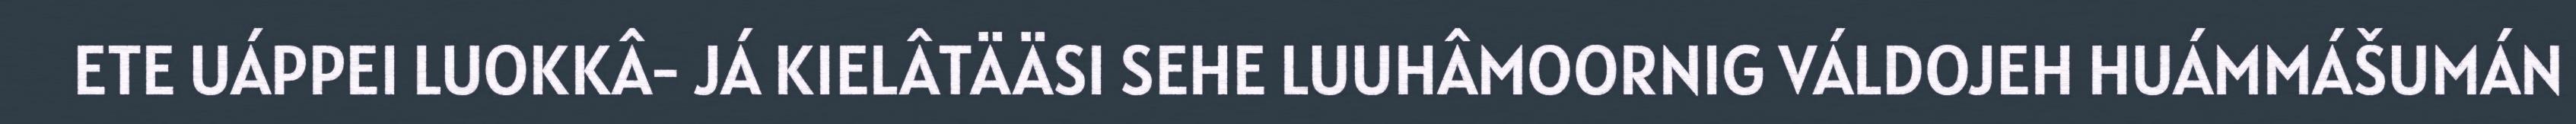
ETE UÁPPEI LUOKKÂ- JÁ KIELÂTÄÄSI SEHE LUUHÂMOORNIG VÁLDOJEH HUÁMMÁŠUMÁN